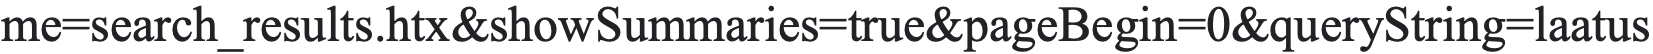
me=search_results.htx&showSummaries=true&pageBegin=0&queryString=laatus